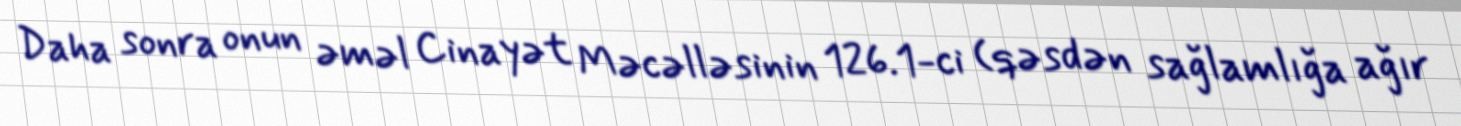
Daha sonra onun əməl Cinayət Məcəlləsinin 126.1-ci (qəsdən sağlamlığa ağır